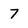
Character: 7